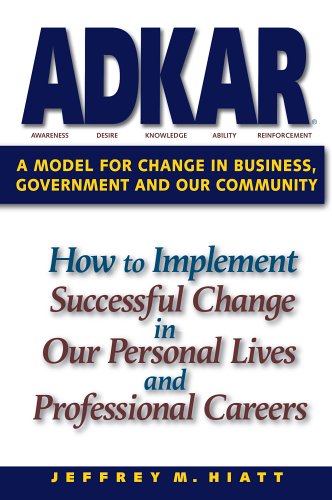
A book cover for ADKAR: A Model for Change in Business, Government and our Community; Jeffrey M. Hiatt; Business & Money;